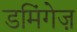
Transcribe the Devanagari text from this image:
डमिंगेज़